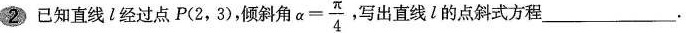
②已知直线l经过点P(2，3)，倾斜角$$a = \frac { π } { 4 }$$，写出直线l的点斜式方程___.